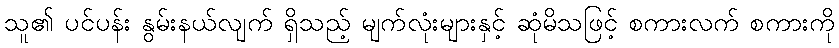
သူ၏ ပင်ပန်း နွမ်းနယ်လျက် ရှိသည့် မျက်လုံးများနှင့် ဆုံမိသဖြင့် စကားလက် စကားကို